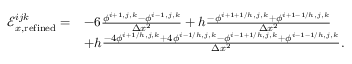
\begin{array} { r l } { \mathcal { E } _ { x , \mathrm { r e f i n e d } } ^ { i j k } = } & { - 6 \frac { \phi ^ { i + 1 , j , k } - \phi ^ { i - 1 , j , k } } { \Delta x ^ { 2 } } + h \frac { - \phi ^ { i + 1 + 1 / h , j , k } + \phi ^ { i + 1 - 1 / h , j , k } } { \Delta x ^ { 2 } } } \\ & { + h \frac { - 4 \phi ^ { i + 1 / h , j , k } + 4 \phi ^ { i - 1 / h , j , k } - \phi ^ { i - 1 + 1 / h , j , k } + \phi ^ { i - 1 - 1 / h , j , k } } { \Delta x ^ { 2 } } . } \end{array}